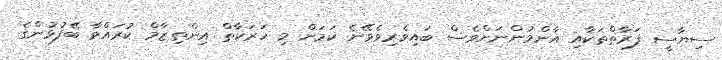
ސިޔާސީ ފަރާތްތަކާއި އާންމުންނަށްވެސް ބައިވެރިވެވޭނެ ކަމަށް މި ހަރަކާތް އިންތިޒާމް ކުރައްވާ ބޭފުޅުންގެ